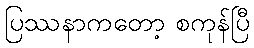
ပြဿနာကတော့ စကုန်ပြီ